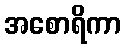
အစောရိကာ